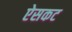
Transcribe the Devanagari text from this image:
ऐसकट